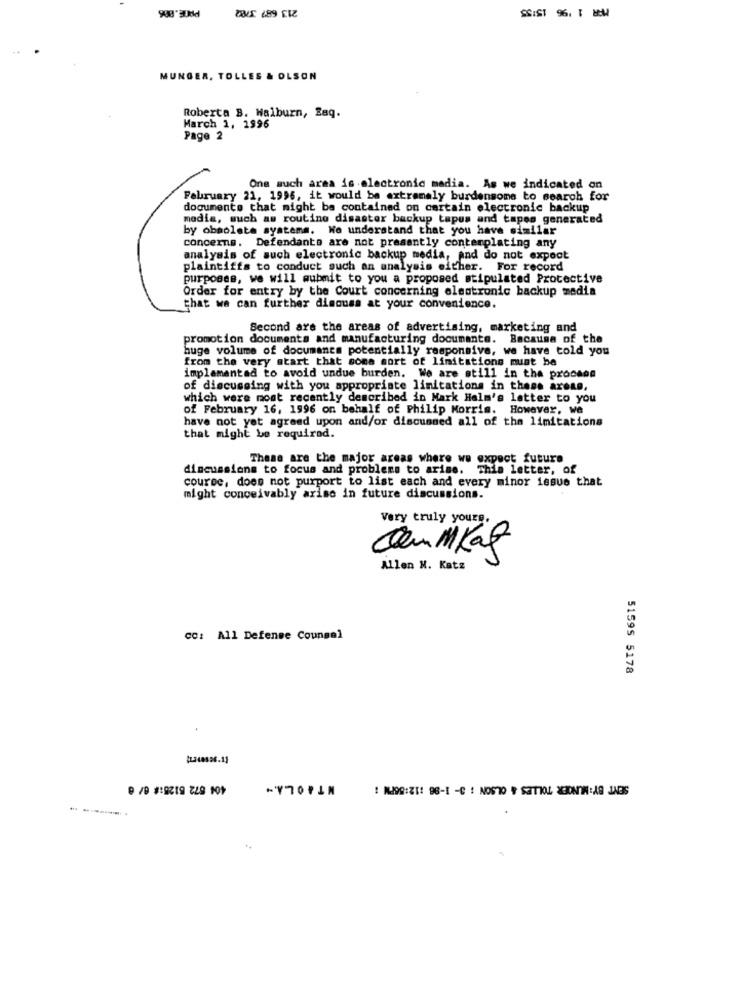
PROE.806
SSIST 96. 1 -M
DE 289 ER
MUNGER, TOLLES & OLSON
Roberta B. Halburn, Saq.
March 1, 1996
Page 2
One such area is electronic madia. As we indicated on
February 21, 1996, it would be extremely burdensone to search for
documents that might be contained on certain electronic backup
media, such as routine disaster backup tapes and tapes generated
by obsolete systems. We understand that you have similar
concerns. Defendants are not presently contemplating any
analysis of such electronic backup media, and do not expect
plaintiffs to conduct such an analysis either. For record
purposes, we will submit to you a proposed stipulated Protective
Order for entry by the Court concerning elautronic backup media
that we can further discuss at your convenience.
Second are the areas of advertising, marketing and
promotion documents and manufacturing documante. Bacause of the
huge volume of documanes potentially responsive, we have told you
from the very start that some sort of limitations must be
implementad to avoid undue burden. We are still in the process
of discussing with you appropriate limitations in these areas,
which were most recently described in Mark Halm's letter to you
of February 16, 1996 on behalf of Philip Morris. However, we
have not yet agreed upon and/or discussed all of the limitations
that might be required.
These are the major areas where we expect future
discussions to focus and problems to arise. This letter, of
course, does not purport to list each and every minor issue that
might conceivably arise in future discussions.
Very truly yours.
CommKaf
Allen N. Katz
cc: All Defense Counsel
51595 5178
404 572 6125:# 6/ @
SENT BY: MUNGER TOLLES & OLSON : 3- 1-86 :12:56PM :